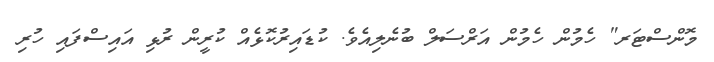
މޮންސްޓަރ" ހެމުން ހެމުން އަރްސަލް ބުނެލިއެވެ. ކުޑައިރުކޮޅެއް ކުރީން ރުޅި އައިސްފައި ހުރި